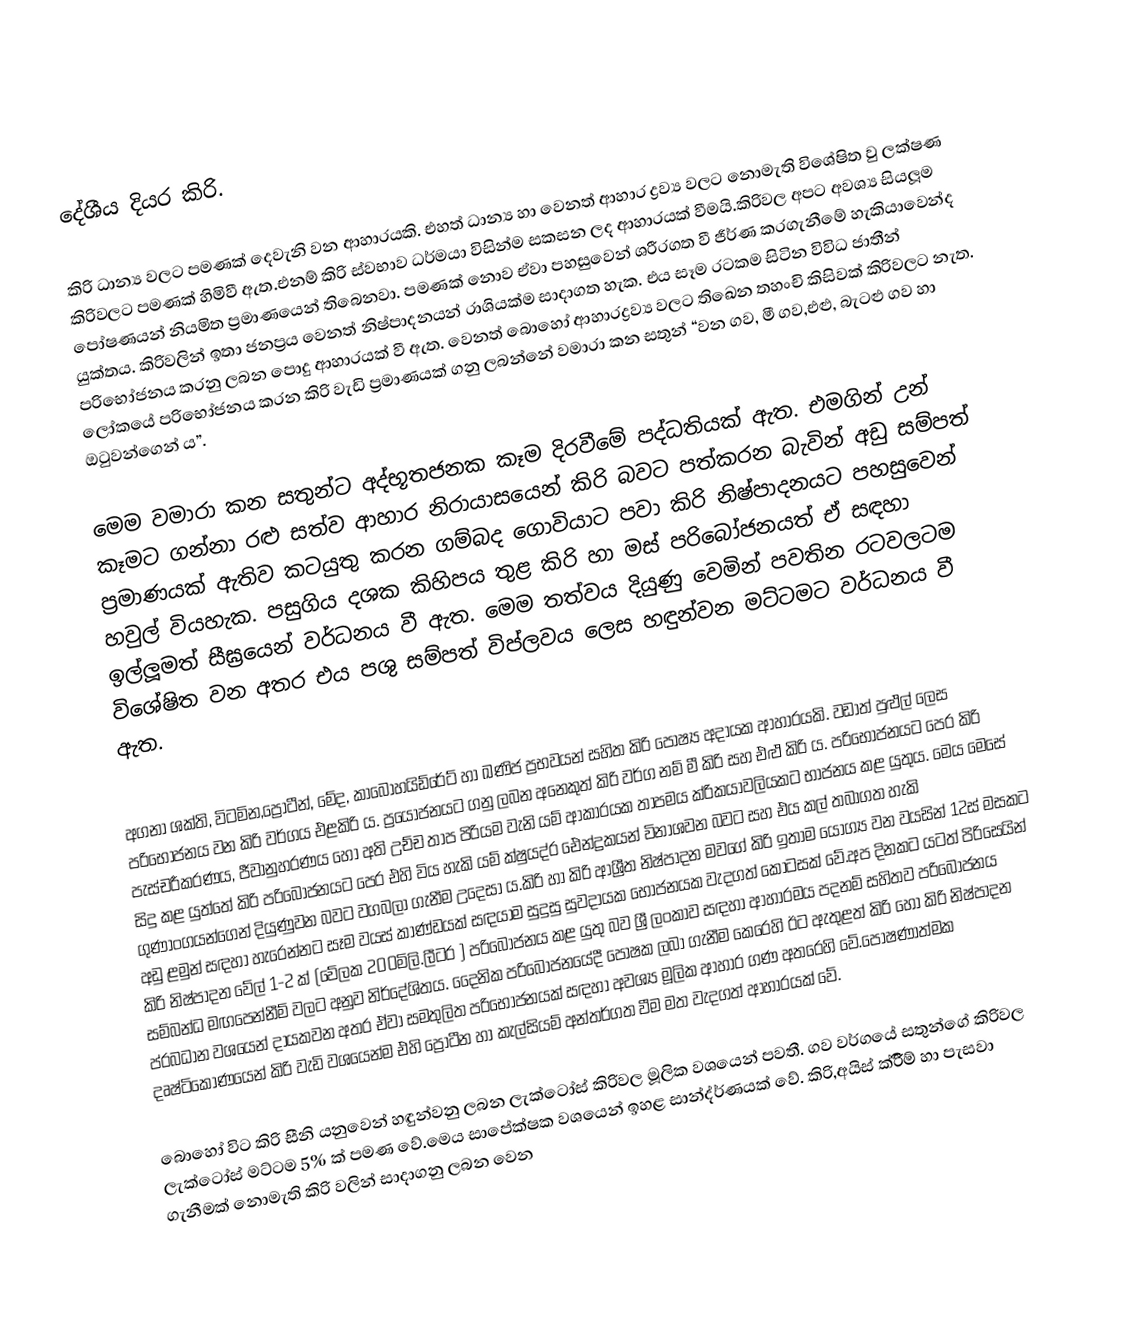

දේශීය  දියර කිරි.

කිරි ධාන්‍ය වලට පමණක් දෙවැනි වන ආහාරයකි. එහත් ධාන්‍ය හා වෙනත් ආහාර ද්‍රව්‍ය  වලට නොමැති විශේෂිත වු ලක්ෂණ කිරිවලට පමණක් හිමිවී ඇත.එනම් කිරි ස්වභාව ධර්මයා විසින්ම සකසන ලද ආහාරයක් වීමයි.කිරිවල අපට අවශ්‍ය සියලූම පෝෂණයන් නියමිත ප්‍රමාණයෙන් ති‍බෙනවා. පමණක් නොව ඒවා පහසුවෙන් ශරීරගත වී ජීර්ණ කරගැනීමේ හැකියාවෙන්ද යුක්තය. කිරිවලින් ඉතා ජනප්‍රය වෙනත් නිෂ්පාදනයන් රාශියක්ම සාදාගත හැක. එය සෑම රටකම සිටින විවිධ ජාතීන් පරිභෝජනය කරනු ලබන පොදු ආහාරයක් වී ඇත. වෙනත් බොහෝ ආහාරද්‍රව්‍ය වලට තිඛෙන තහංචි කිසිවක් කිරිවලට නැත. ලෝකයේ පරිභෝජනය කරන කිරි වැඩි ප්‍රමාණයක් ගනු ලබන්නේ වමාරා කන සතුන් “වන ගව, මී ගව,එළු, බැටළු ගව හා ඔටුවන්ගෙන් ය”.

මෙම වමාරා කන සතුන්ට අද්භූතජනක කෑම දිරවීමේ පද්ධතියක් ඇත. එමගින් උන් කෑමට ගන්නා රළු සත්ව ආහාර නිරායාසයෙන් කිරි බවට පත්කරන බැවින් අඩු සම්පත් ප්‍රමාණයක් ඇතිව කටයුතු කරන ගම්බද ගොවියාට පවා කිරි නිෂ්පාදනයට පහසුවෙන් හවුල් වියහැක. පසුගිය දශක කිහිපය තුළ කිරි හා මස් පරිබෝජනයත් ඒ සඳහා ඉල්ලූමත් සීඝ්‍රයෙන් වර්ධනය වී ඇත. මෙම තත්වය දියුණු වෙමින් පවතින රටවලටම විශේෂිත වන අතර එය පශු සම්පත් විප්ලවය ලෙස හඳුන්වන මට්ටමට වර්ධනය වී ඇත.

අගනා ශක්ති, විටමින,ප්‍රෝටීන්, මේද, කාබෝහයිඩ්රේට් හා ඛණිජ  ප්‍රභවයන් සහිත කිරි පෝෂ්‍ය අදායක ආහාරයකි. වඩාත් පුළුල් ලෙස පරිභෝජනය වන කිරි වර්ගය එළකිරි ය. ප්‍රයෝජනයට ගනු ලබන  අනෙකුත් කිරි වර්ග නම් මී කිරි සහ එළු කිරි ය. පරිභෝජනයට පෙර කිරි පැස්චරීකරණය, ජීවානුහරණය හෝ අති උච්ච තාප පිරියම වැනි යම් ආකාරයක තාපමය ක්රිකයාවලියකට භාජනය කළ යුතුය. මෙය මෙසේ සිදු කළ යුත්තේ කිරි පරිබෝජනයට පෙර එහි විය හැකි යම් ක්ෂුයද්ර  ඓන්ද්‍රකයන් විනාශවන බවට සහ එය කල් තබාගත හැකි ගුණාංගයන්ගෙන් දියුණුවන බවට වගබලා ගැනීම උදෙසා ය.කිරි හා කිරි ආශ්‍රීත නිෂ්පාදන මවගේ කිරි ඉතාම යෝග්‍ය  වන වයසින් 12ස් මසකට අඩු ළමුන් සඳහා හැරෙන්නට සෑම වයස් කාණ්ඩයක් සඳයාම සුදුසු සුවදායක භෝජනයක වැදගත් කොටසක් වේ.අප දිනකට යටත් පිරිසෙයින් කිරි නිෂ්පාදන වේල් 1-2 ක්  (වේලක 200මිලි.ලීටර ) පරිබෝජනය කළ යුතු බව ශ්‍රී ලංකාව සඳහා ආහාරමය පදනම් සහිතව පරිබෝජනය සම්බන්ධ මඟපෙන්නීම් වලට අනුව නිර්දේශිතය. දෛනික පරිබෝජනයේදී පෝෂක ලබා ගැනීම කෙරෙහි ඊට ඇතුළත් කිරි හෝ කිරි නිෂ්පාදන ප්රබධාන වශයෙන් දායකවන අතර ඒවා සමතුලිත පරිභෝජනයක් සඳහා අවශ්‍ය  මූලික ආහාර ගණ අතරෙහි වේ.පෝෂණාත්මක දෘෂ්ටිකෝණයෙන් කිරි වැඩි වශයෙන්ම එහි  ප්‍රෝටීන හා කැල්සියම් අන්තර්ගත වීම මත වැදගත් ආහාරයක් වේ.

බොහෝ විට කිරි සීනි යනුවෙන් හඳුන්වනු ලබන ලැක්ටෝස් කිරිවල මූලික වශයෙන් පවතී. ගව වර්ගයේ සතුන්ගේ කිරිවල ලැක්ටෝස් මට්ටම 5% ක් පමණ වේ.මෙය සාපේක්ෂක වශයෙන් ඉහළ සාන්ද්ර්ණයක් වේ. කිරි,අයිස් ක්රීිම් හා පැසවා ගැනීමක් නොමැති කිරි වලින් සාදාගනු ලබන වෙන